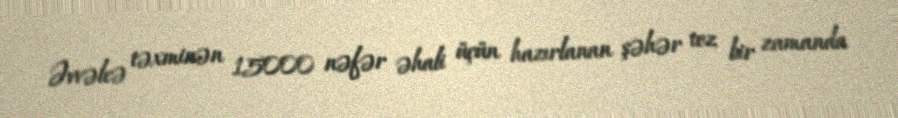
Əvvəlcə təxminən 15000 nəfər əhali üçün hazırlanan şəhər tez bir zamanda